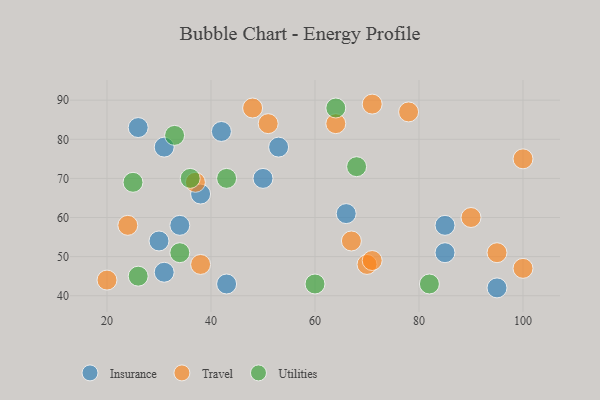
{"axis": {"x": "GDP", "y": "Life Expectancy"}, "legend": ["Insurance", "Travel", "Utilities"], "data": [{"x": "30", "y": 54, "type": "Insurance"}, {"x": "85", "y": 58, "type": "Insurance"}, {"x": "26", "y": 83, "type": "Insurance"}, {"x": "66", "y": 61, "type": "Insurance"}, {"x": "31", "y": 46, "type": "Insurance"}, {"x": "34", "y": 58, "type": "Insurance"}, {"x": "85", "y": 51, "type": "Insurance"}, {"x": "43", "y": 43, "type": "Insurance"}, {"x": "38", "y": 66, "type": "Insurance"}, {"x": "31", "y": 78, "type": "Insurance"}, {"x": "42", "y": 82, "type": "Insurance"}, {"x": "50", "y": 70, "type": "Insurance"}, {"x": "53", "y": 78, "type": "Insurance"}, {"x": "95", "y": 42, "type": "Insurance"}, {"x": "70", "y": 48, "type": "Travel"}, {"x": "100", "y": 47, "type": "Travel"}, {"x": "24", "y": 58, "type": "Travel"}, {"x": "37", "y": 69, "type": "Travel"}, {"x": "78", "y": 87, "type": "Travel"}, {"x": "90", "y": 60, "type": "Travel"}, {"x": "71", "y": 89, "type": "Travel"}, {"x": "51", "y": 84, "type": "Travel"}, {"x": "64", "y": 84, "type": "Travel"}, {"x": "67", "y": 54, "type": "Travel"}, {"x": "71", "y": 49, "type": "Travel"}, {"x": "20", "y": 44, "type": "Travel"}, {"x": "38", "y": 48, "type": "Travel"}, {"x": "95", "y": 51, "type": "Travel"}, {"x": "100", "y": 75, "type": "Travel"}, {"x": "48", "y": 88, "type": "Travel"}, {"x": "25", "y": 69, "type": "Utilities"}, {"x": "43", "y": 70, "type": "Utilities"}, {"x": "60", "y": 43, "type": "Utilities"}, {"x": "68", "y": 73, "type": "Utilities"}, {"x": "64", "y": 88, "type": "Utilities"}, {"x": "82", "y": 43, "type": "Utilities"}, {"x": "26", "y": 45, "type": "Utilities"}, {"x": "33", "y": 81, "type": "Utilities"}, {"x": "36", "y": 70, "type": "Utilities"}, {"x": "34", "y": 51, "type": "Utilities"}]}